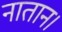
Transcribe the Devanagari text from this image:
नातान।